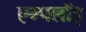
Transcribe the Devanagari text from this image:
एम्पलॉइ